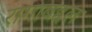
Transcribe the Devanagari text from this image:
रागाबद्दल